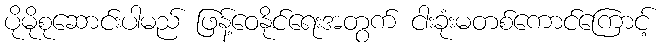
ပိုမိုစုဆောင်းပါမည် ဖြန့်ဝေနိုင်ရေးအတွက် ငါးခုံးမတစ်ကောင်ကြောင့်